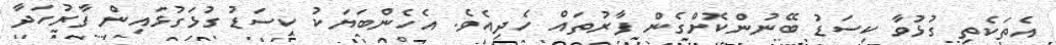
އެތަކެތި ގުޅުވާ ކިސަޑު ބޭނުންކޮށްގެން ފާރުތައް ހެދިއެވެ. އެހެންބަޔަކު ކިސަޑު ގުޅަގުޅައިން ފާރުހަދާ